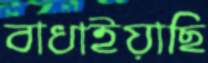
বাধাইয়াছি